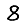
Digit: 8